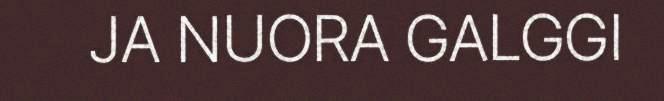
JA NUORA GALGGI